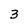
Character: 3